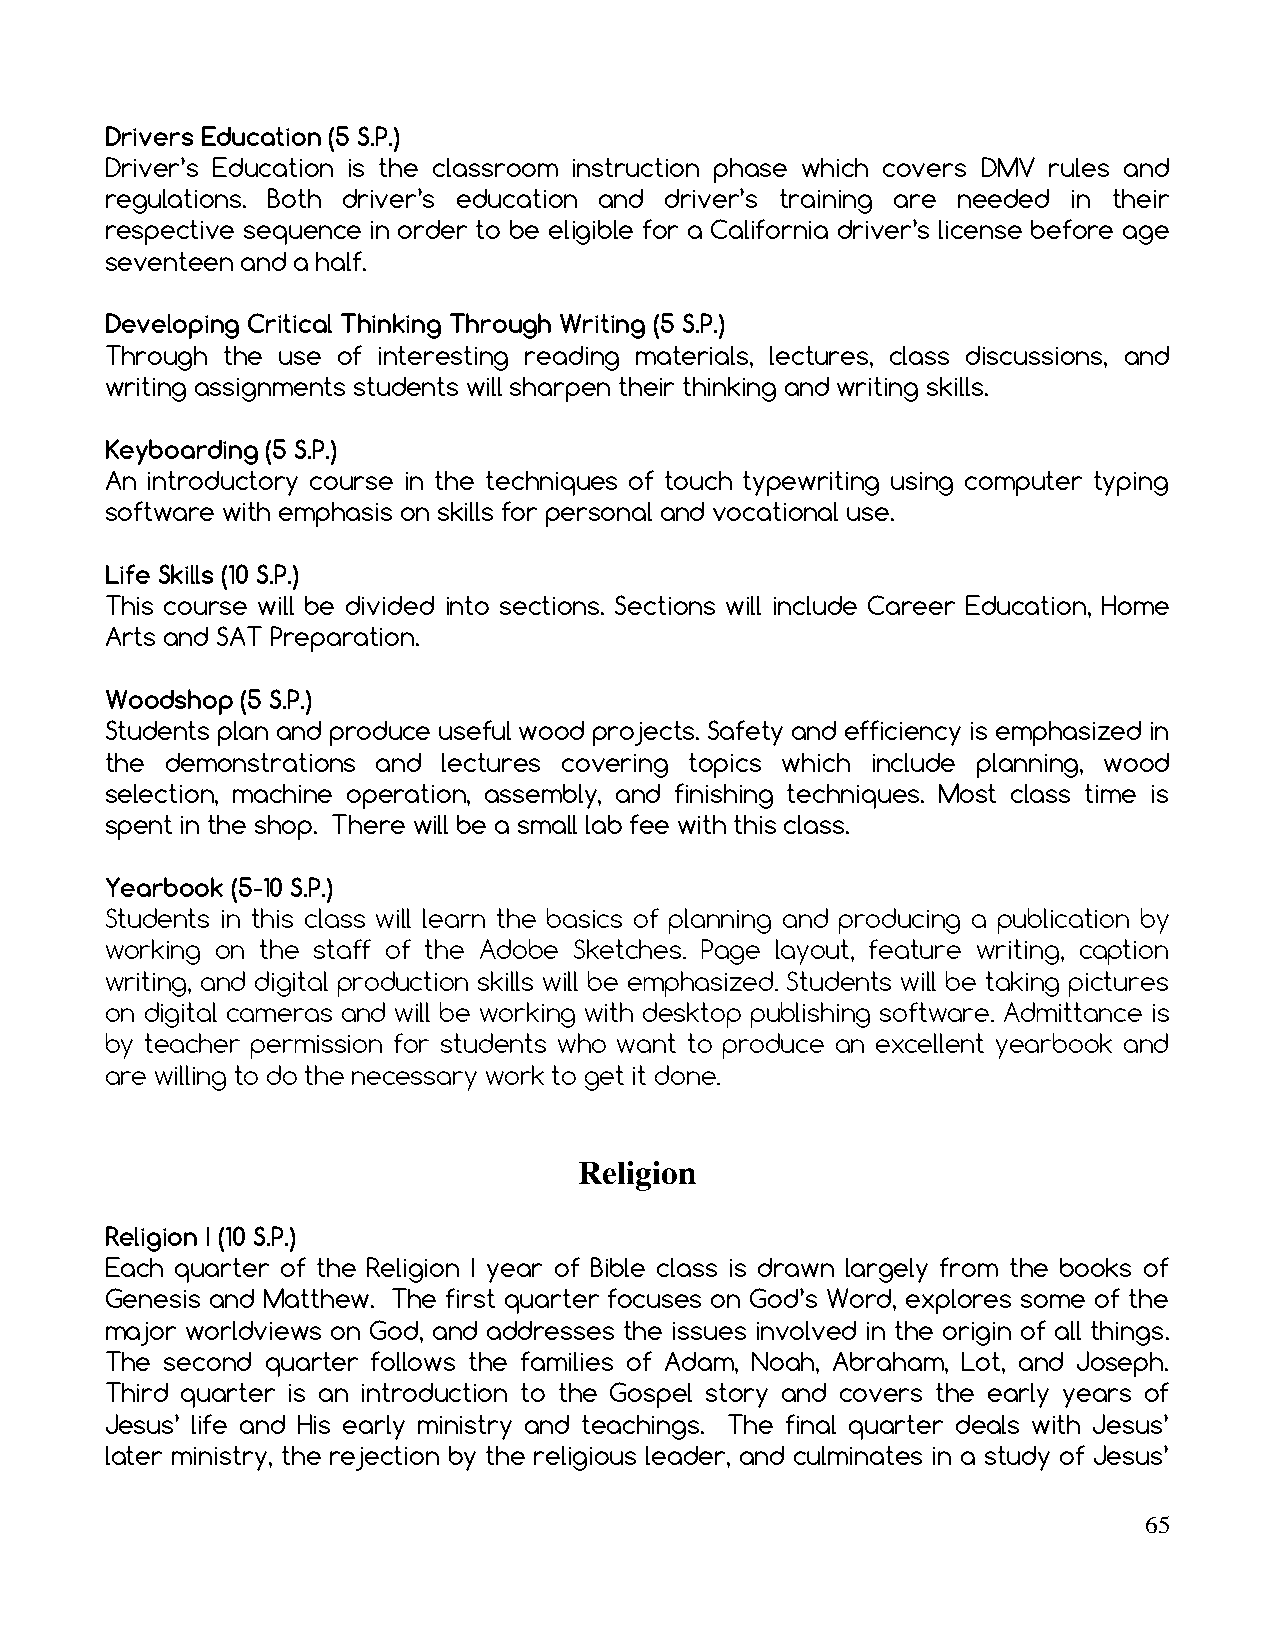
Drivers Education (5 S.P.)
 Driver’s Education is the classroom instruction phase which covers DMV rules and
 regulations. Both driver’s education and driver’s training are needed in their
 respective sequence in order to be eligible for a California driver’s license before age
 seventeen and a half.
 Developing Critical Thinking Through Writing (5 S.P.)
 Through the use of interesting reading materials, lectures, class discussions, and
 writing assignments students will sharpen their thinking and writing skills.
 Keyboarding (5 S.P.)
 An introductory course in the techniques of touch typewriting using computer typing
 software with emphasis on skills for personal and vocational use.
 Life Skills (10 S.P.)
 This course will be divided into sections. Sections will include Career Education, Home
 Arts and SAT Preparation.
 Woodshop (5 S.P.)
 Students plan and produce useful wood projects. Safety and efficiency is emphasized in
 the demonstrations and lectures covering topics which include planning, wood
 selection, machine operation, assembly, and finishing techniques. Most class time is
 spent in the shop. There will be a small lab fee with this class.
 Yearbook (5-10 S.P.)
 Students in this class will learn the basics of planning and producing a publication by
 working on the staff of the Adobe Sketches. Page layout, feature writing, caption
 writing, and digital production skills will be emphasized. Students will be taking pictures
 on digital cameras and will be working with desktop publishing software. Admittance is
 by teacher permission for students who want to produce an excellent yearbook and
 are willing to do the necessary work to get it done.
 Religion
 Religion I (10 S.P.)
 Each quarter of the Religion I year of Bible class is drawn largely from the books of
 Genesis and Matthew. The first quarter focuses on God’s Word, explores some of the
 major worldviews on God, and addresses the issues involved in the origin of all things.
 The second quarter follows the families of Adam, Noah, Abraham, Lot, and Joseph.
 Third quarter is an introduction to the Gospel story and covers the early years of
 Jesus’ life and His early ministry and teachings. The final quarter deals with Jesus’
 later ministry, the rejection by the religious leader, and culminates in a study of Jesus’
 65